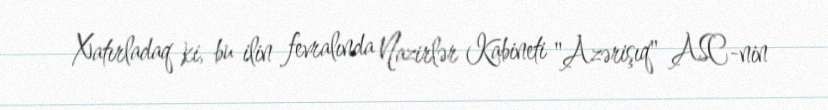
Xatırladaq ki, bu ilin fevralında Nazirlər Kabineti "Azərişıq" ASC-nin